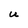
Character: U